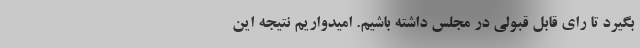
بگیرد تا رای قابل قبولی در مجلس داشته باشیم. امیدواریم نتیجه این